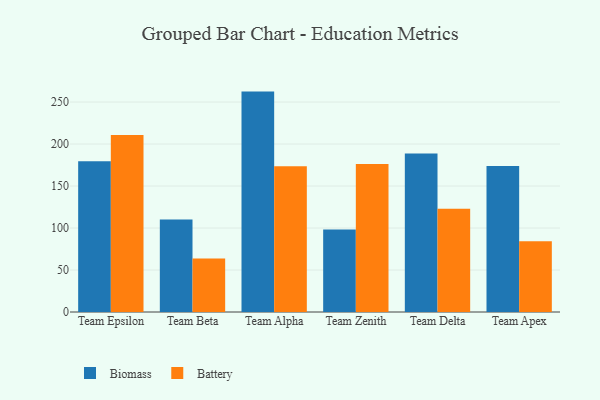
{"axis": {"x": "Team", "y": "Budget (USD K)"}, "legend": ["Battery", "Biomass"], "data": [{"x": "Team Epsilon", "y": 179.5, "type": "Biomass"}, {"x": "Team Epsilon", "y": 210.8, "type": "Battery"}, {"x": "Team Beta", "y": 110.0, "type": "Biomass"}, {"x": "Team Beta", "y": 63.8, "type": "Battery"}, {"x": "Team Alpha", "y": 262.4, "type": "Biomass"}, {"x": "Team Alpha", "y": 173.6, "type": "Battery"}, {"x": "Team Zenith", "y": 98.3, "type": "Biomass"}, {"x": "Team Zenith", "y": 176.1, "type": "Battery"}, {"x": "Team Delta", "y": 188.8, "type": "Biomass"}, {"x": "Team Delta", "y": 122.8, "type": "Battery"}, {"x": "Team Apex", "y": 173.7, "type": "Biomass"}, {"x": "Team Apex", "y": 84.3, "type": "Battery"}]}